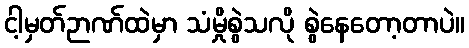
ငါ့မှတ်ဉာဏ်ထဲမှာ သံမှိုစွဲသလို စွဲနေတော့တာပဲ။